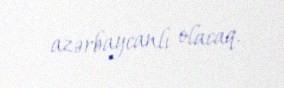
azərbaycanlı olacaq.